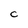
Character: C